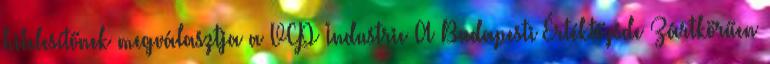
hitelesítőnek megválasztja a VCP Industrie A Budapesti Értéktőzsde Zártkörűen